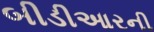
બીડીઆરની